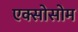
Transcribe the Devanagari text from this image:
एक्सोसोम